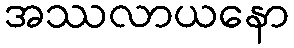
အဿလာယနော